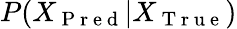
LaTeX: P(X_{\mathrm{~P~r~e~d~}}|X_{\mathrm{~T~r~u~e~}})